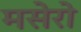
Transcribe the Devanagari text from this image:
मसेरो